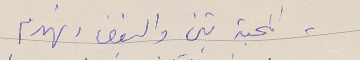
- المحبة تبني والبغضاء تهدم